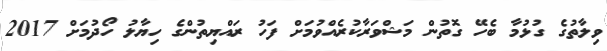
ވިލާތުގެ ގުޅުމާ ބެހޭ ގޮތުން މަޝްވަރާކުރެއްވުމަށް ފަހު ރައްޔިތުންގެ ހިޔާލު ހޯދުމަށް 2017